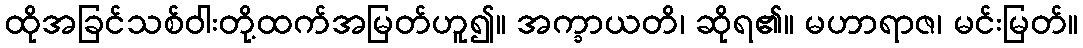
ထိုအခြင်သစ်ဝါးတို့ထက်အမြတ်ဟူ၍။ အက္ခာယတိ၊ ဆိုရ၏။ မဟာရာဇ၊ မင်းမြတ်။